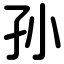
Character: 孙